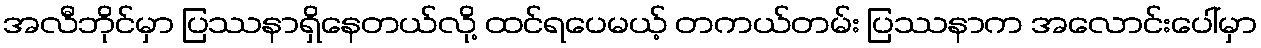
အလီဘိုင်မှာ ပြဿနာရှိနေတယ်လို့ ထင်ရပေမယ့် တကယ်တမ်း ပြဿနာက အလောင်းပေါ်မှာ